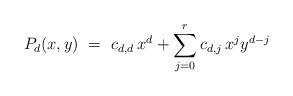
LaTeX: \begin{align*}P_d(x,y) ~=~ c_{d,d}{\,}x^d +\sum_{j=0}^r c_{d,j}{\,}x^jy^{d-j}\end{align*}